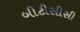
બીટીસીસી